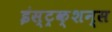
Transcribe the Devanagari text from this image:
इंस्ट्रक्शन्स